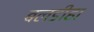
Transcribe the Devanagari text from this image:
बलडीहा